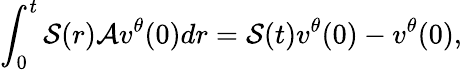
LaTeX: \int_{0}^{t}\mathcal{S}(r)\mathcal{A}v^{\theta}(0)dr=\mathcal{S}(t)v^{\theta}(0)-v^{\theta}(0),